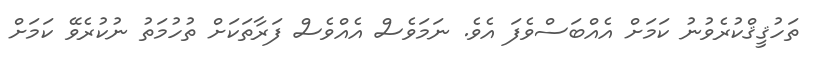
ތަހުޤީޤްކުރެވުނު ކަމަށް އެއްބަސްވެފަ އެވެ. ނަމަވެސް އެއްވެސް ފަރާތަކަށް ތުހުމަތު ނުކުރެވޭ ކަމަށް